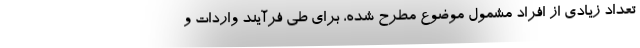
تعداد زیادی از افراد مشمول موضوع مطرح شده، برای طی فرآیند واردات و